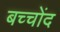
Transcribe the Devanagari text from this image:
बच्चोंद